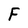
Character: F